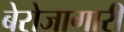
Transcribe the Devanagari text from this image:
बेरोजागारी